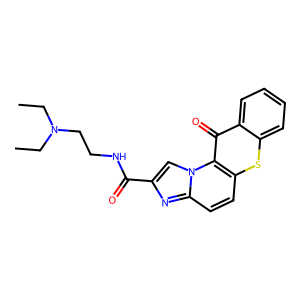
SMILES: CCN(CC)CCNC(=O)c1cn2c(ccc3sc4ccccc4c(=O)c32)n1
Inhibits HIV replication: No